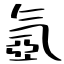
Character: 氬